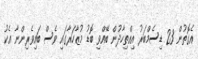
އެގޮތުން 23 ޑިސެމްބަރު އިއްތިހާދުން ބޭއްވި ބޮޑު މުޒާހަރާގައި ވެސް ބައިވެރިންނާ އެކު